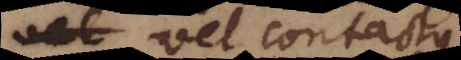
xio vel contactus